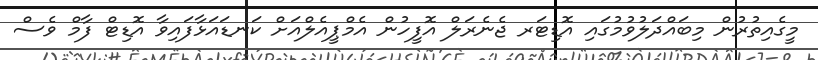
މީގެއިތުރުން މިބައްދަލުވުމުގައި އޮޑިޓަރ ޖެނެރަލް އޮފީހުން އެމްޕީއެލްއަށް ކަނޑައަޅާފައިވާ އޮޑިޓް ފާމް ވެސް